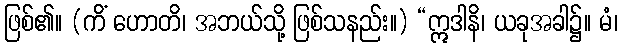
ဖြစ်၏။ (ကိံ ဟောတိ၊ အဘယ်သို့ ဖြစ်သနည်း။) “ဣဒါနိ၊ ယခုအခါ၌။ မံ၊